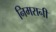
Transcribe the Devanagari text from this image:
निमरानी